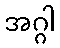
အဂ္ဂါ